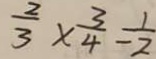
\frac { 2 } { 3 } \times \frac { 3 } { 4 } = \frac { 1 } { 2 }